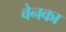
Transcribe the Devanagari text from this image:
वेनका